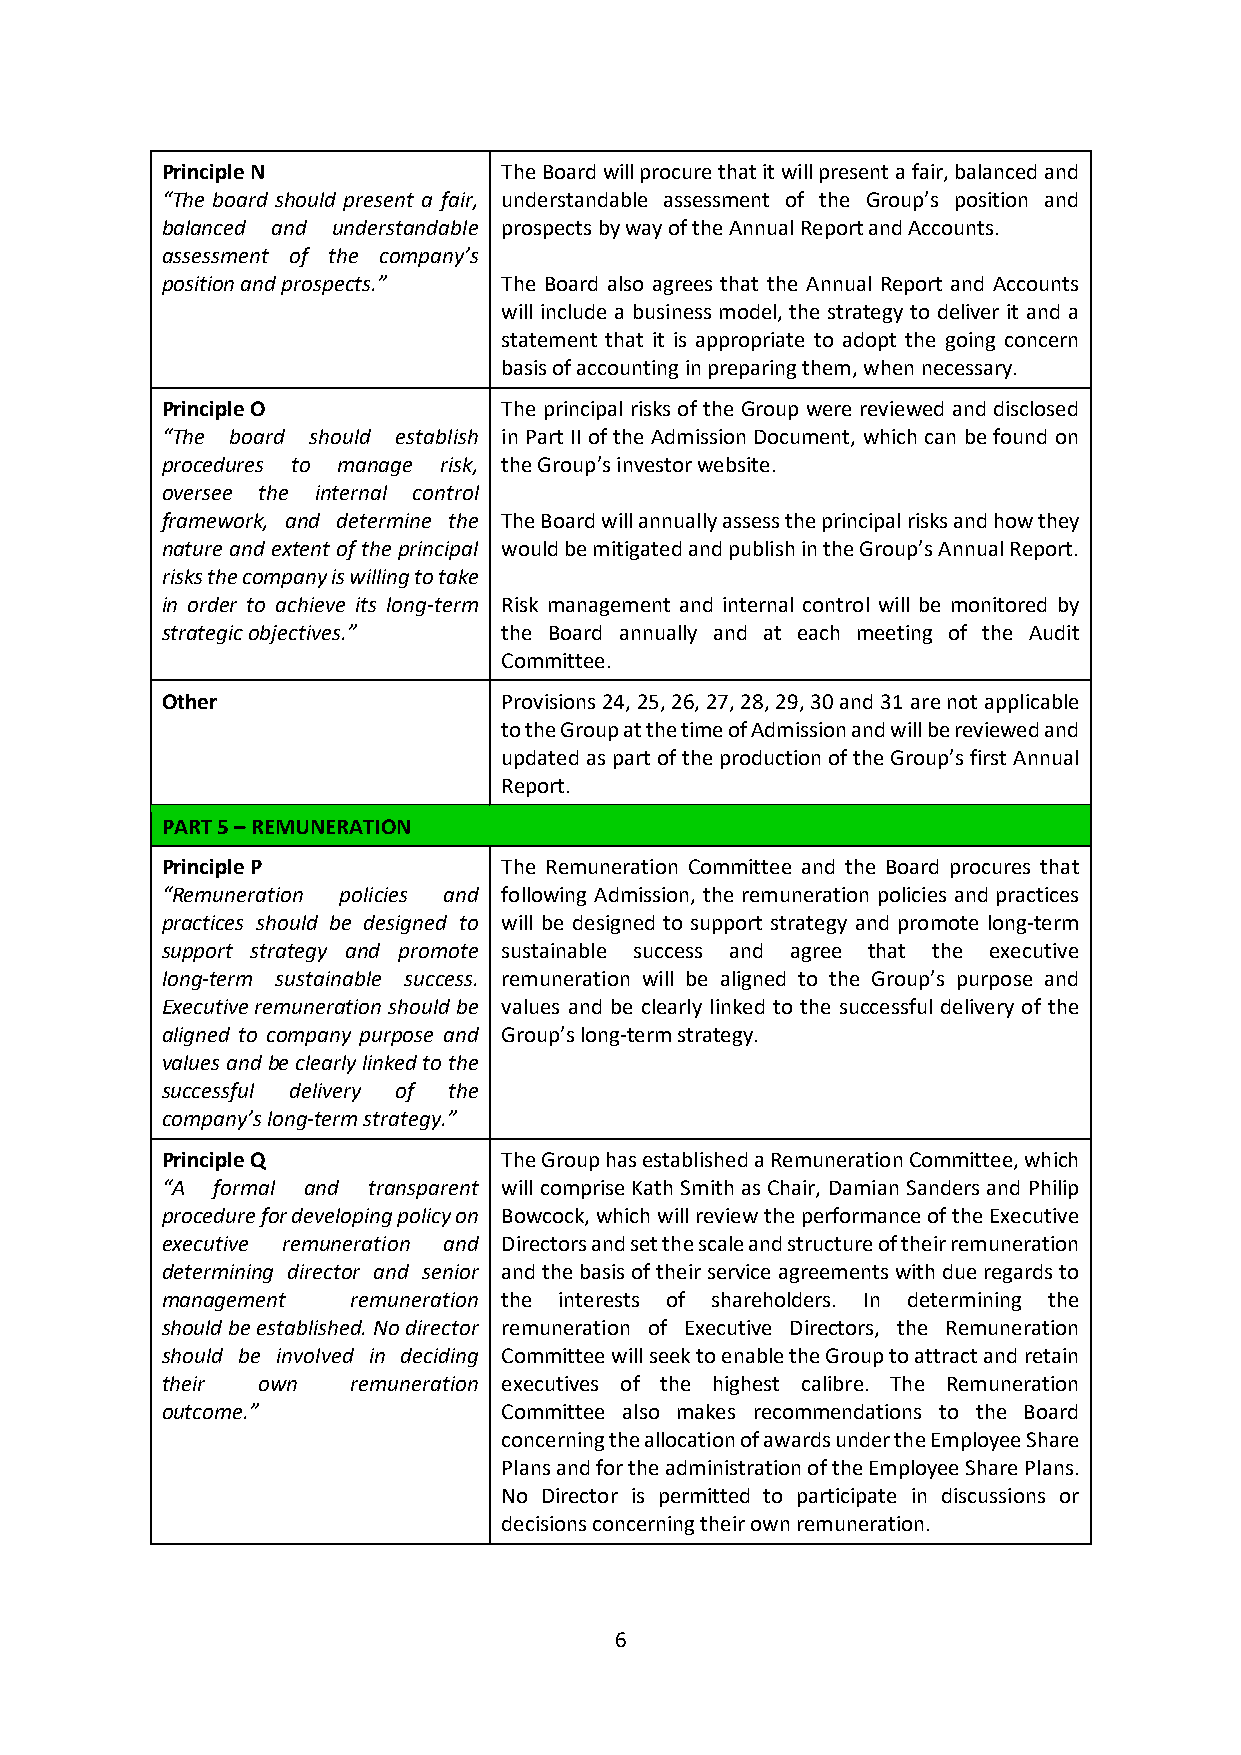
Principle N           The Board will procure that it will present a fair, balanced and
 “The board should present a fair, understandable assessment of the Group’s position and
 balanced and understandable prospects by way of the Annual Report and Accounts.
 assessment of the company’s
 position and prospects.” The Board also agrees that the Annual Report and Accounts
 will include a business model, the strategy to deliver it and a
 statement that it is appropriate to adopt the going concern
 basis of accounting in preparing them, when necessary.
 Principle O           The principal risks of the Group were reviewed and disclosed
 “The board should establish in Part II of the Admission Document, which can be found on
 procedures to manage risk, the Group’s investor website.
 oversee the internal control
 framework, and determine the The Board will annually assess the principal risks and how they
 nature and extent of the principal would be mitigated and publish in the Group’s Annual Report.
 risks the company is willing to take
 in order to achieve its long-term Risk management and internal control will be monitored by
 strategic objectives.” the Board annually and at each meeting of the Audit
 Committee.
 Other                 Provisions 24, 25, 26, 27, 28, 29, 30 and 31 are not applicable
 to the Group at the time of Admission and will be reviewed and
 updated as part of the production of the Group’s first Annual
 Report.
 PART 5 – REMUNERATION
 Principle P           The Remuneration Committee and the Board procures that
 “Remuneration policies and following Admission, the remuneration policies and practices
 practices should be designed to will be designed to support strategy and promote long-term
 support strategy and promote sustainable success and agree that the executive
 long-term sustainable success. remuneration will be aligned to the Group’s purpose and
 Executive remuneration should be values and be clearly linked to the successful delivery of the
 aligned to company purpose and Group’s long-term strategy.
 values and be clearly linked to the
 successful delivery of the
 company’s long-term strategy.”
 Principle Q           The Group has established a Remuneration Committee, which
 “A formal and transparent will comprise Kath Smith as Chair, Damian Sanders and Philip
 procedure for developing policy on Bowcock, which will review the performance of the Executive
 executive remuneration and Directors and set the scale and structure of their remuneration
 determining director and senior and the basis of their service agreements with due regards to
 management  remuneration the interests of shareholders. In determining the
 should be established. No director remuneration of Executive Directors, the Remuneration
 should be involved in deciding Committee will seek to enable the Group to attract and retain
 their own   remuneration executives of the highest calibre. The Remuneration
 outcome.”             Committee also makes recommendations to the Board
 concerning the allocation of awards under the Employee Share
 Plans and for the administration of the Employee Share Plans.
 No Director is permitted to participate in discussions or
 decisions concerning their own remuneration.
 6